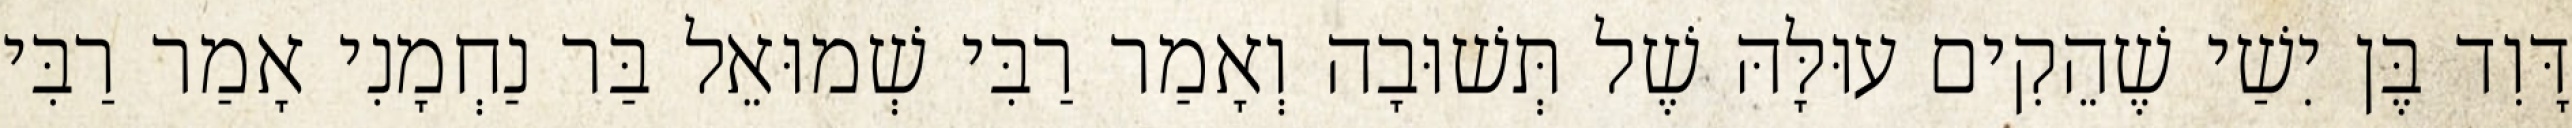
דָּוִד בֶּן יִשַׁי שֶׁהֵקִים עוּלָּהּ שֶׁל תְּשׁוּבָה וְאָמַר רַבִּי שְׁמוּאֵל בַּר נַחְמָנִי אָמַר רַבִּי